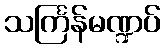
သင်္ကြန်မဏ္ဍပ်